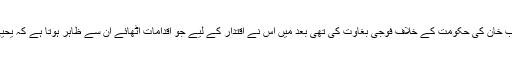
حقیقت یہ ہے کہ یحییٰ خان نے حالات کا فائدہ اٹھاتے ہوئے ایوب خان کی حکومت کے خلاف فوجی بغاوت کی تھی بعد میں اس نے اقتدار کے لیے جو اقدامات اٹھائے ان سے ظاہر ہوتا ہے کہ یحییٰ خان کے اندر اقتدار سے چمٹا رہنے کی حوس کتنی شدید تھی۔